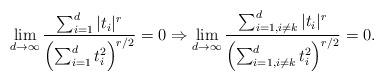
LaTeX: \begin{align*}\lim_{d\rightarrow \infty} \frac{\sum_{i=1}^d |t_i|^r}{\left( \sum_{i=1}^d t_i^2 \right)^{r/2}} = 0 \Rightarrow \lim_{d\rightarrow \infty} \frac{\sum_{i=1, i \neq k}^d |t_i|^r}{\left( \sum_{i=1, i \neq k}^d t_i^2 \right)^{r/2}} = 0.\end{align*}